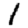
Digit: 1